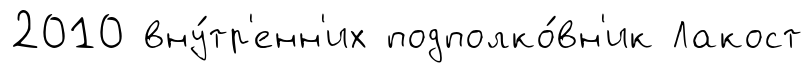
2010 вну́тр'енн'их подполко́вн'ик Лакост